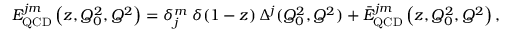
E _ { \mathrm { Q C D } } ^ { j m } \left( z , Q _ { 0 } ^ { 2 } , Q ^ { 2 } \right) = \delta _ { j } ^ { m } \; \delta ( 1 - z ) \, \Delta ^ { j } ( Q _ { 0 } ^ { 2 } , Q ^ { 2 } ) + \bar { E } _ { \mathrm { Q C D } } ^ { j m } \left( z , Q _ { 0 } ^ { 2 } , Q ^ { 2 } \right) ,